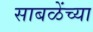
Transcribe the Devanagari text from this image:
साबळेंच्या